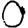
Digit: 0